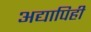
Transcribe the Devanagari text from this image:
अद्यापिही